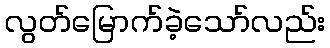
လွတ်မြောက်ခဲ့သော်လည်း